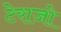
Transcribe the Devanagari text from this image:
टेराजो